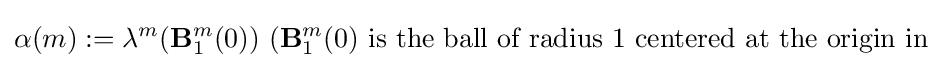
\alpha (m):=\lambda ^{m}(\mathbf {B} _{1}^{m}(0)){\text{ }}(\mathbf {B} _{1}^{m}(0){\text{ is the ball of radius 1 centered at the origin in }}